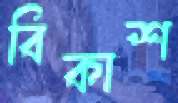
বিকাশ